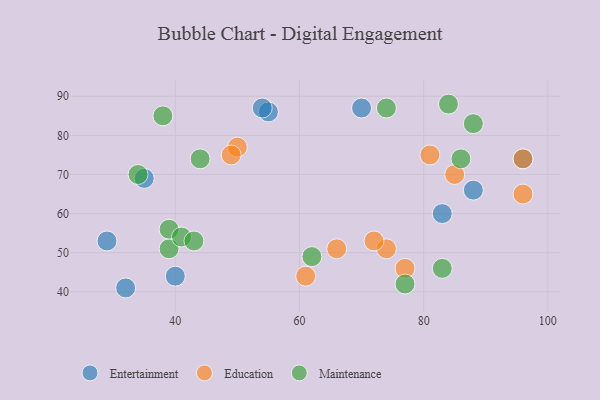
{"axis": {"x": "GDP", "y": "Life Expectancy"}, "legend": ["Education", "Entertainment", "Maintenance"], "data": [{"x": "55", "y": 86, "type": "Entertainment"}, {"x": "70", "y": 87, "type": "Entertainment"}, {"x": "40", "y": 44, "type": "Entertainment"}, {"x": "83", "y": 60, "type": "Entertainment"}, {"x": "54", "y": 87, "type": "Entertainment"}, {"x": "32", "y": 41, "type": "Entertainment"}, {"x": "35", "y": 69, "type": "Entertainment"}, {"x": "88", "y": 66, "type": "Entertainment"}, {"x": "96", "y": 74, "type": "Entertainment"}, {"x": "29", "y": 53, "type": "Entertainment"}, {"x": "50", "y": 77, "type": "Education"}, {"x": "66", "y": 51, "type": "Education"}, {"x": "74", "y": 51, "type": "Education"}, {"x": "85", "y": 70, "type": "Education"}, {"x": "49", "y": 75, "type": "Education"}, {"x": "96", "y": 74, "type": "Education"}, {"x": "77", "y": 46, "type": "Education"}, {"x": "81", "y": 75, "type": "Education"}, {"x": "96", "y": 65, "type": "Education"}, {"x": "61", "y": 44, "type": "Education"}, {"x": "72", "y": 53, "type": "Education"}, {"x": "38", "y": 85, "type": "Maintenance"}, {"x": "84", "y": 88, "type": "Maintenance"}, {"x": "39", "y": 51, "type": "Maintenance"}, {"x": "83", "y": 46, "type": "Maintenance"}, {"x": "34", "y": 70, "type": "Maintenance"}, {"x": "86", "y": 74, "type": "Maintenance"}, {"x": "44", "y": 74, "type": "Maintenance"}, {"x": "77", "y": 42, "type": "Maintenance"}, {"x": "39", "y": 56, "type": "Maintenance"}, {"x": "74", "y": 87, "type": "Maintenance"}, {"x": "41", "y": 54, "type": "Maintenance"}, {"x": "62", "y": 49, "type": "Maintenance"}, {"x": "88", "y": 83, "type": "Maintenance"}, {"x": "43", "y": 53, "type": "Maintenance"}]}